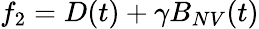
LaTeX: {f_{2}=D(t)+\gamma B_{NV}(t)}